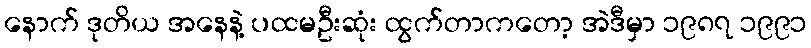
နောက် ဒုတိယ အနေနဲ့ ပထမဦးဆုံး ထွက်တာကတော့ အဲဒီမှာ ၁၉၈၇ ၁၉၉၁